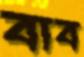
বাব